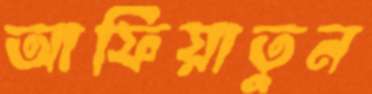
আফিয়াতুন